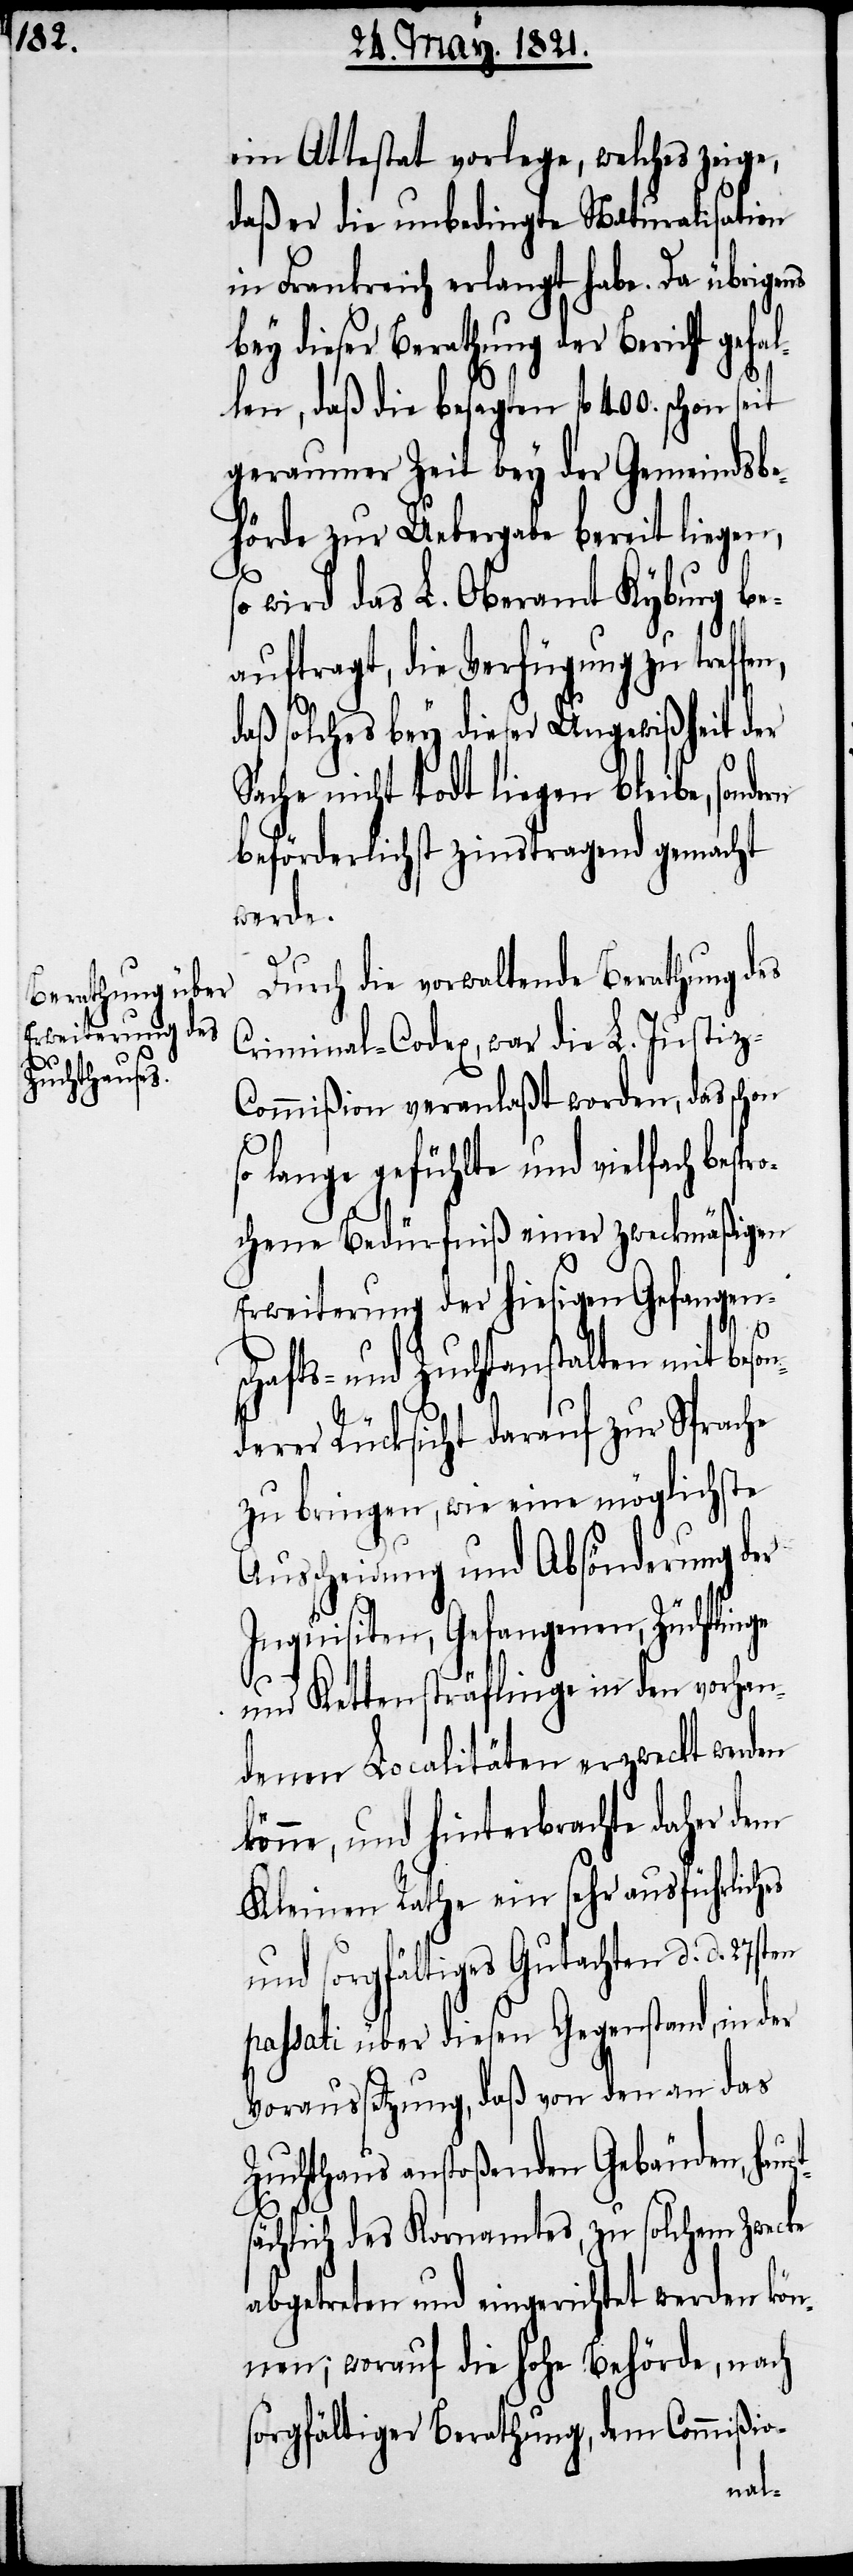
pts¬

ein Attestat vorlege, welches zeige,
daß er die unbedingte Naturalisation
in Frankreich erlangt habe. Da übrigens
bey dieser Berathung der Bericht gef¬
len, daß die besagten fl. 400. schon
geraumer Zeit bey der Gemeindsbe¬
hörde zur Uebergabe bereit liegen,
wird das L. Oberamt Kyburg be¬
auftragt, die Verfügung zu tref¬
daß solches bey dieser Ungewißheit der
Sache nicht todt liegen bleibe, sondern
beförderlichst zinstragend gemacht
werde.
Durch die vorwaltende Berathung des
Criminal-Codex, war die L. Justiz-C¬
ommißion veranlaßt worden, das schon
so lange gefühlte und vielfach bespr¬
ochene Bedürfniß einer zweckmäßigen
Erweiterung der hiesigen Gefangen¬
schafts- und Zuchtanstalten mit beson¬
an¬
derer Rücksicht darauf zur Sprache
zu bringen, wie eine möglichste
Ausscheidung und Absönderung der
Inquisiten, Gefangenen, Züchtlinge
und Kettensträflinge in den schon
denen Localitäten erzweckt werden
könne, und hinterbrachte daher dem
Kleinen Rathe ein sehr ausführliches
und sorgfältiges Gutachten d. d.
passati über diesen Gegenstand, in der
Voraussetzung, daß von den an das
Zuchthaus anstoßenden Gebäuden, hau¬
ächlich des Kornamtes, zu solchem Zwecke
abgetreten und eingerichtet werden kön¬
nen; worauf die hohe Behörde, nach
sorgfältiger Berathung, dem Commißio-
al¬